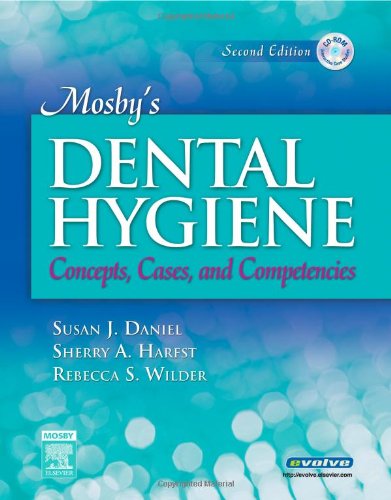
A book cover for Mosby's Dental Hygiene: Concepts, Cases, and Competencies, 2e; Susan J. Daniel RDH  BS D.A.T.E.  MS; Medical Books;